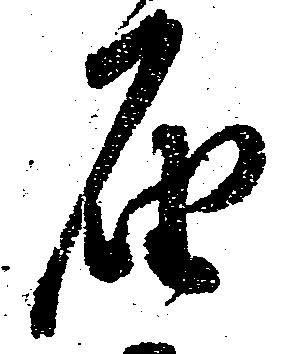
届